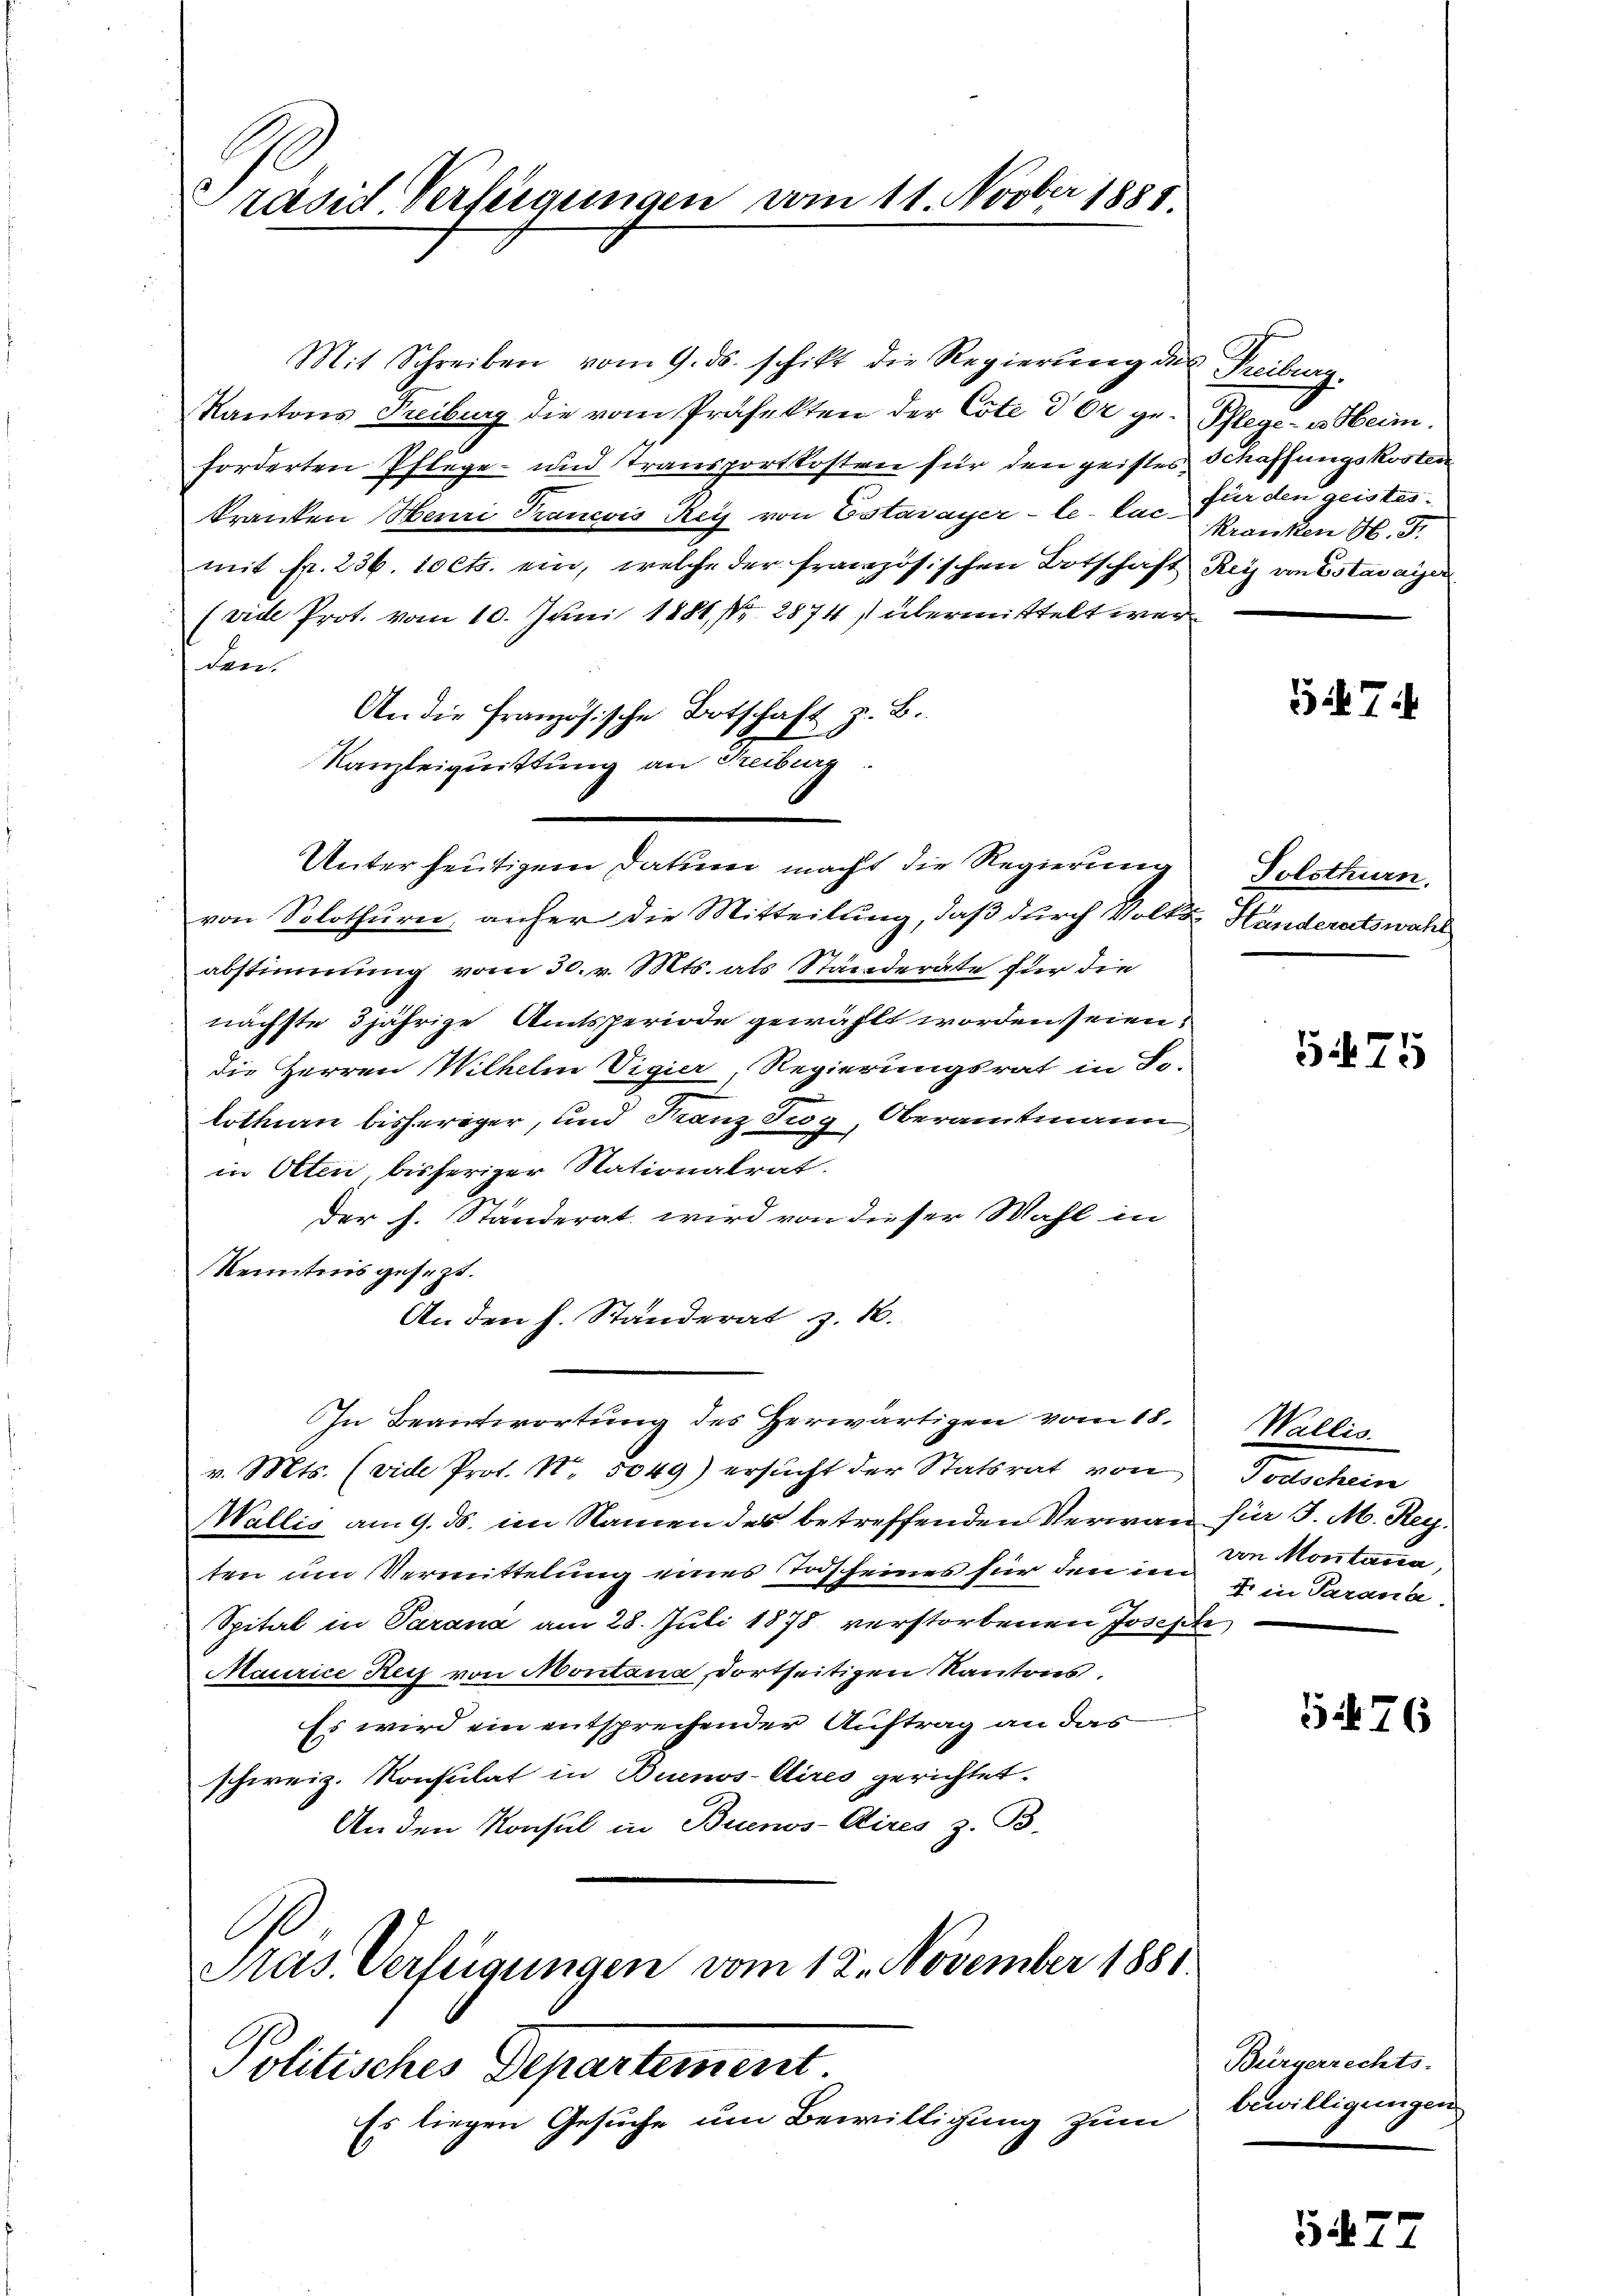
räsid. Verfügungen vom 11. Novber 1881.

Mit Schreiben vom 9. ds. schikt die Regierŭng des Freiburg
Kantons Freiburg die vom Präfekten der Cote der ge- Pflege- u. Heim.
forderten Pflege- und Transportkosten für den geistes Schaffungskosten
kranken Henri Trancois Rey von Estavayer-le-Lac- Kranken H. F.
mit fr. 236. 10 Cts. ein, welche der französischen Botschaft Rey von Estavayer
(vide Prot. vom 10. Juni 1881, Nr. 2874) übermittelt wer
den.
An die Französische Botschaft z. B.
Kanzleiquittung an Freiburg.
Unter heutigem Datum macht die Regierung
von Solothurn, anher die Mitteilung, daß durch Volks Handeratswahl
abstimmung vom 30. v. Mts. als Ständerate für die
nächste 3jährige Amtsperiode gewählt worden seien.
die Herren Wilhelm Vigier, Regierungsrat in So-
lotten bisheriger, und Franz Zug, Oberamtmann
in Otten bisheriger Nationalrat.
Der h. Ständerat wird von dieser Wahl in
Kenntnis gesezt.
An den h. Standerat z. B.
In Beantwortung des Herwärtigen vom 18.
v. Mts. (vide Prot. No 5049) ersucht der Statsrat von
Wallis am 9. ds. im Namen des betreffenden Verwan
ten um Vermittelung eines Todscheines für den im
Spital in Parana am 28. Juli 1878 verstorbenen Josepte
Maurice Reiz von Montana, dortseitigen Kantons.
Es wird ein entsprechender Auftrag an das
schweiz. Konsulat in Buenos-Aires gerichtet.
Anden Konsul in Buenos-Aires z. B.
Pras. Verfügungen vom 12. November 1881.
Politisches Departement.
Es liegen Gesuche um Bewilligung zum

für den geistes.

547

Folothurn.

575

Wallis.
Todschein
für J. M. Reg.
von Montana,
f in Parana.

576

Bürgerrechts-
bewilligungen

547.